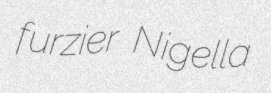
furzier Nigella